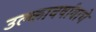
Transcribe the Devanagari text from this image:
उल्कावर्षावाचे